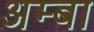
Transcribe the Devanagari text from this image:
अम्‍बा